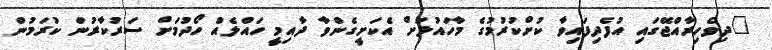
"ދިވެހިރާއްޖޭގައި އުފެދިފައިވާ ކުށްކުރުމުގެ މާހައުލަށް އެކަށީގެންވާ ދާއިމީ ހައްލެއް ހޯދުމަށް ސަރުކާރުން ކުރަމުން